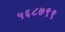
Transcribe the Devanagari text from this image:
५६८७९९